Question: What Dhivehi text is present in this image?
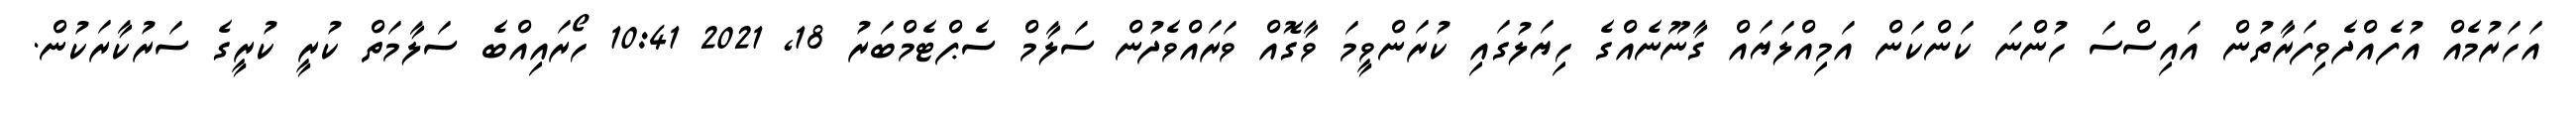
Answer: އަހަރުމެއް އުފެއްދެވިފަރާތުން އައިސްސަ ހުންނަ ކަންކަން އަމިއްލަޔައް ގާނޫނެއްގެ ހިޔަލުގައި ކުރަންވީމަ ވާގޮއް ވަރައްވެދުން ސަލާމް ސެޕްޓެމްބަރު 18, 2021 10:41 ހޯރައިއްބެ ސަލާމަތް ކުރީ ކުރީގެ ސަރުކާރަކުން.